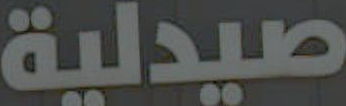
صيدلية